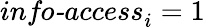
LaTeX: \textit{info-access}_{i}=1